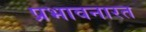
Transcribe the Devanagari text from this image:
प्रभावनारत